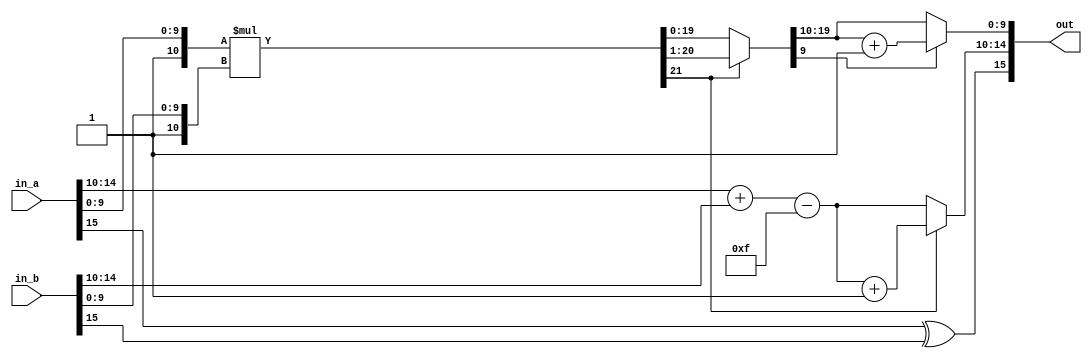
module multiplier16(in_a,in_b,out);
    input[15:0] in_a,in_b;
    output[15:0] out;

    reg a_sign,b_sign,out_sign;
    reg[4:0] a_exp,b_exp,out_exp;
    reg[10:0] a_mantissa,b_mantissa;
    reg[9:0] out_mantissa;
    reg[21:0] product;

    assign out[15] = out_sign;
	assign out[14:10] = out_exp;
	assign out[9:0] = out_mantissa[9:0];

    always @(*) begin
        a_sign=in_a[15];
        a_exp=in_a[14:10];
        a_mantissa={1'b1,in_a[9:0]};

        b_sign=in_b[15];
        b_exp=in_b[14:10];
        b_mantissa={1'b1,in_b[9:0]};

        // multiplication
        out_sign = a_sign ^ b_sign;
        out_exp = a_exp + b_exp - 15;
        product = a_mantissa * b_mantissa;

    
        // normalization
        if(product[21]==1) begin
            out_exp=out_exp+1;
            product = product >> 1;
        end

        // rounding
        out_mantissa=product[20:10];
        if(product[9]==1) begin
            out_mantissa=out_mantissa+1;
        end
    end
    
endmodule